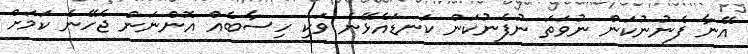
އޭނާ ފެނުނުކަން ނުވަތަ ނުފެނުކަން ކަނޑައެޅޭނެ ވަކި ހިސާބެއް އޮންނަން ޖެހޭނެ ކަމަށް